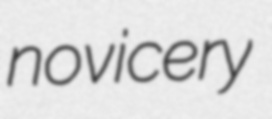
novicery